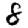
Digit: 8